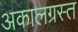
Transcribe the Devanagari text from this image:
अकालग्रस्त